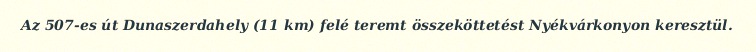
Az 507-es út Dunaszerdahely (11 km) felé teremt összeköttetést Nyékvárkonyon keresztül.